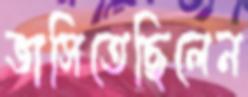
ভাসিতেছিলেন